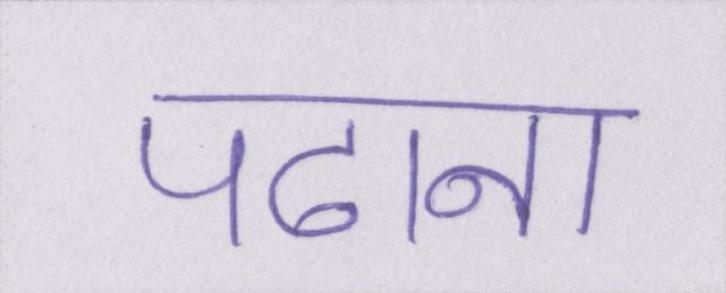
पढाना